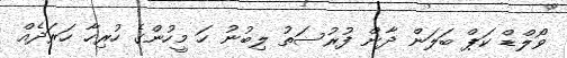
ވޯލްޑް ކަޕް ބަލަން ދާން ފުރުސަތު ލިބުނު ހަ މީހުންގެ ހުރިހާ ހަރަދެއް